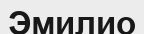
Эмилио